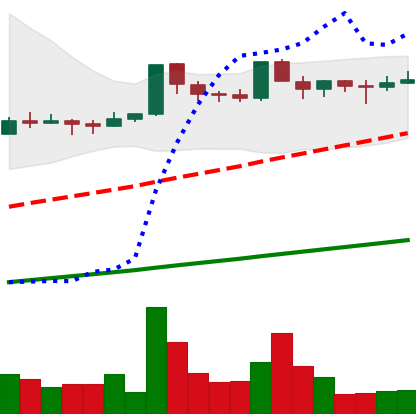
Ticker: DOGE-USD
Chart end date: 2021-03-20
Forward return: -12.742%
Label: down_7plus